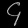
Digit: ၄